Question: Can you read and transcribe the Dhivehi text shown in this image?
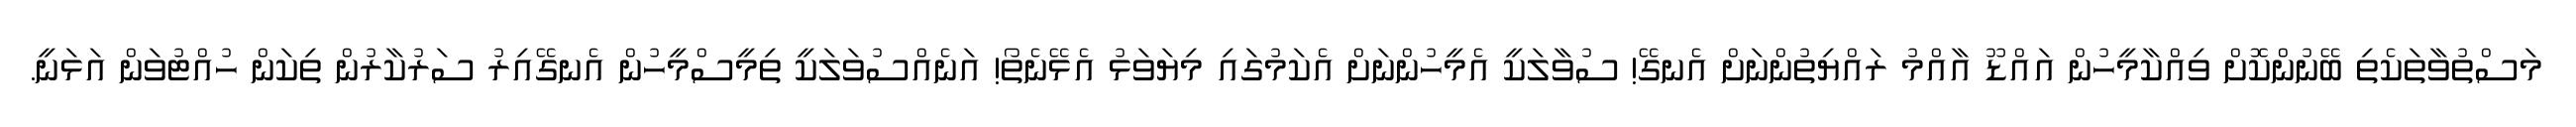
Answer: މަސްތުވާތަކެތި ބޭނުންކޮށް ވިއްކާމީހުން އައްޑޫ އާއްމު ރައްޔިތުންނަށް އެނގޭ! ސުވާލަކީ އެމީހުންނަށް އެކަމުގައި މިޔަވަޅު އެޅޭނެތޯ! އަނެއްސުވަލަކީ ތިމީސްމީހުން އެނގޭއިރު ސަރުކާރުން ތިކަން ހުއްޓުވަން އަޅަނީ.